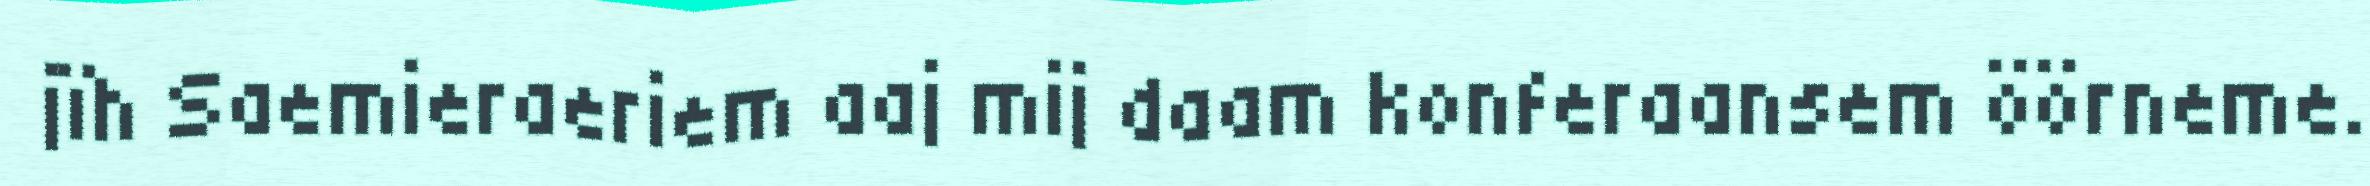
jïh Saemieraeriem aaj mij daam konferaansem öörneme.